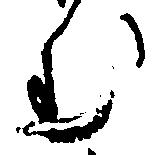
む